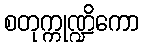
စတုက္ကုဏ္ဍိကော